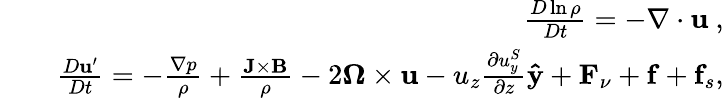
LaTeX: \begin{array}{rlr}&{}&{\frac{D\ln\rho}{Dt}=-\nabla\cdot\mathbf{u}~,}\\ &{}&{\frac{D\mathbf{u}^{\prime}}{Dt}=-\frac{\nabla p}{\rho}+\frac{\mathbf{J}\times\mathbf{B}}{\rho}-2\mathbf{\Omega}\times\mathbf{u}-u_{z}\frac{\partial u_{y}^{S}}{\partial z}{\mathbf{\hat{y}}}+\mathbf{F}_{\nu}+\mathbf{f}+\mathbf{f}_{s},}\end{array}